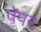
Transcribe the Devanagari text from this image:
पॅपर